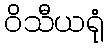
ဝိသီယရုံ